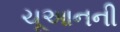
ચૂઆનની